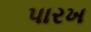
પારખ